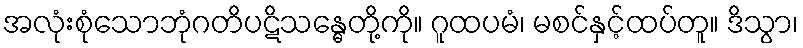
အလုံးစုံသောဘုံဂတိပဋိသန္ဓေတို့ကို။ ဂူထပမံ၊ မစင်နှင့်ထပ်တူ။ ဒိသွာ၊